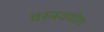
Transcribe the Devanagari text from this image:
वस्त्रउद्योग